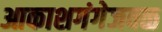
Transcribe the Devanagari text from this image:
आकाशगंगेजवळ